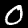
Digit: 0